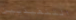
التنفيذيين